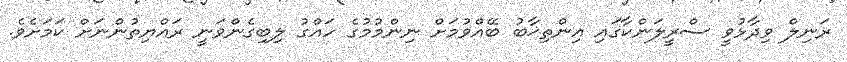
ރަނިލް ވިދާޅުވީ ސްރީލަންކާގައި އިންތިޚާބު ބޭއްވުމަށް ނިންމުމުގެ ހައްގު ލިބިގެންވަނީ ރައްޔިތުންނަށް ކަމަށެވެ.